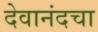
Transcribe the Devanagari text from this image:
देवानंदचा